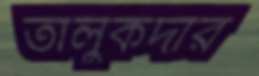
তালুকদার